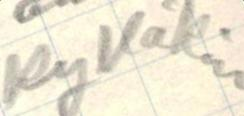
kylläkin